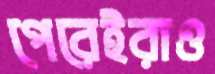
পেরেইরাও